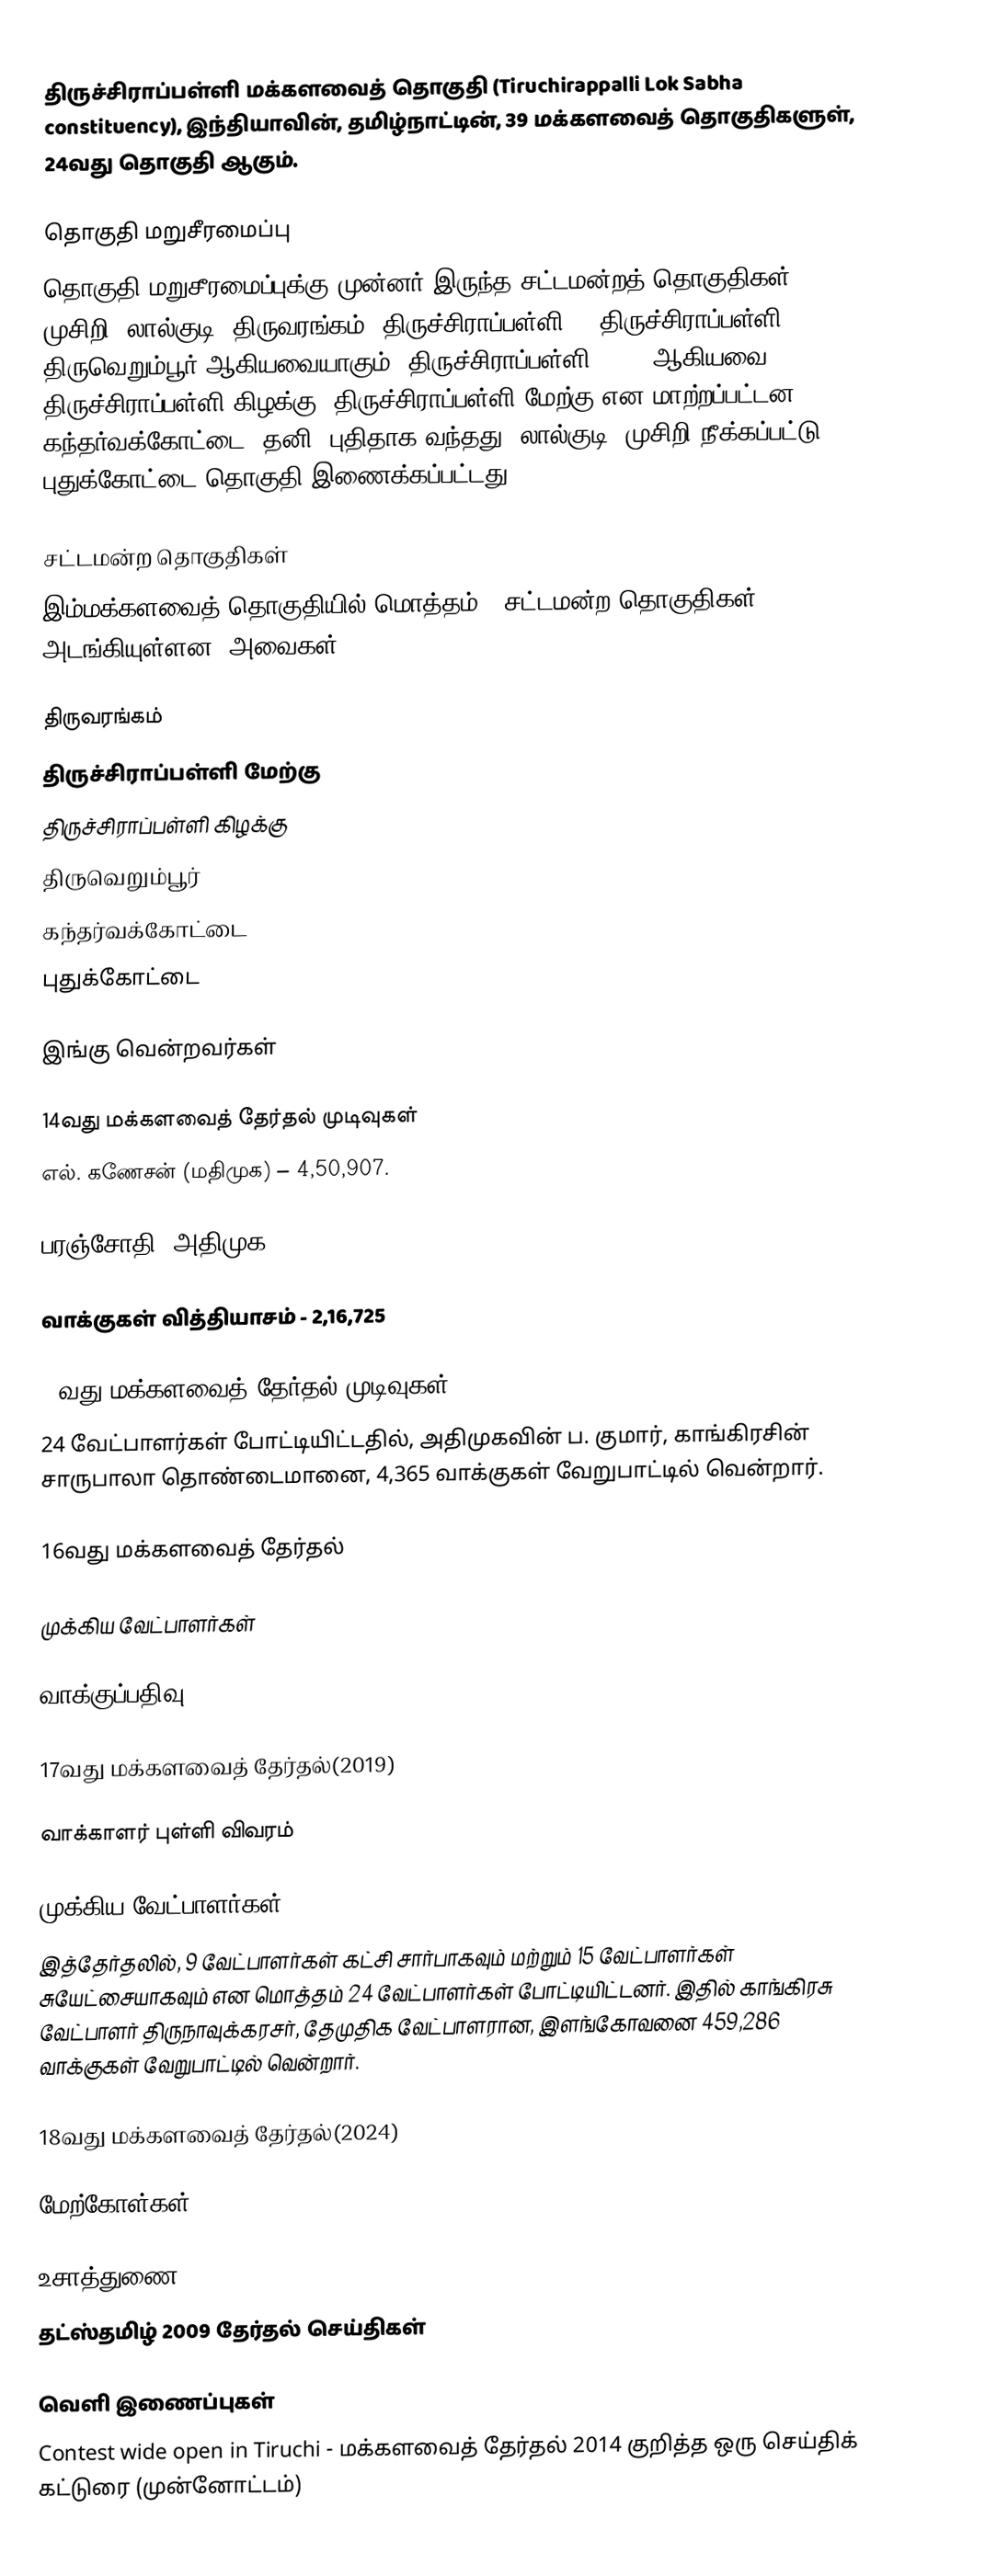
திருச்சிராப்பள்ளி மக்களவைத் தொகுதி (Tiruchirappalli Lok Sabha constituency), இந்தியாவின், தமிழ்நாட்டின், 39 மக்களவைத் தொகுதிகளுள், 24வது தொகுதி ஆகும்.

தொகுதி மறுசீரமைப்பு
தொகுதி மறுசீரமைப்புக்கு முன்னர் இருந்த சட்டமன்றத் தொகுதிகள்: முசிறி, லால்குடி, திருவரங்கம், திருச்சிராப்பள்ளி-I, திருச்சிராப்பள்ளி-II, திருவெறும்பூர் ஆகியவையாகும். திருச்சிராப்பள்ளி I, II ஆகியவை திருச்சிராப்பள்ளி கிழக்கு, திருச்சிராப்பள்ளி மேற்கு என மாற்றப்பட்டன. கந்தர்வக்கோட்டை (தனி) புதிதாக வந்தது. லால்குடி, முசிறி நீக்கப்பட்டு, புதுக்கோட்டை தொகுதி இணைக்கப்பட்டது.

சட்டமன்ற தொகுதிகள்
இம்மக்களவைத் தொகுதியில் மொத்தம் 6 சட்டமன்ற தொகுதிகள் அடங்கியுள்ளன. அவைகள்:

 திருவரங்கம்
 திருச்சிராப்பள்ளி மேற்கு
 திருச்சிராப்பள்ளி கிழக்கு
 திருவெறும்பூர்
 கந்தர்வக்கோட்டை
 புதுக்கோட்டை

இங்கு வென்றவர்கள்

14வது மக்களவைத் தேர்தல் முடிவுகள்
எல். கணேசன் (மதிமுக) – 4,50,907.

பரஞ்சோதி (அதிமுக) – 2,34,182

வாக்குகள் வித்தியாசம் - 2,16,725

15வது மக்களவைத் தேர்தல் முடிவுகள்
24 வேட்பாளர்கள் போட்டியிட்டதில், அதிமுகவின் ப. குமார், காங்கிரசின் சாருபாலா தொண்டைமானை, 4,365 வாக்குகள் வேறுபாட்டில் வென்றார்.

16வது மக்களவைத் தேர்தல்

முக்கிய வேட்பாளர்கள்

வாக்குப்பதிவு

17வது மக்களவைத் தேர்தல்(2019)

வாக்காளர் புள்ளி விவரம்

முக்கிய வேட்பாளர்கள்
இத்தேர்தலில், 9 வேட்பாளர்கள் கட்சி சார்பாகவும் மற்றும் 15 வேட்பாளர்கள் சுயேட்சையாகவும் என மொத்தம் 24 வேட்பாளர்கள் போட்டியிட்டனர். இதில் காங்கிரசு வேட்பாளர் திருநாவுக்கரசர், தேமுதிக வேட்பாளரான, இளங்கோவனை 459,286 வாக்குகள் வேறுபாட்டில் வென்றார்.

18வது மக்களவைத் தேர்தல்(2024)

மேற்கோள்கள்

உசாத்துணை
 தட்ஸ்தமிழ் 2009 தேர்தல் செய்திகள்

வெளி இணைப்புகள்
 Contest wide open in Tiruchi - மக்களவைத் தேர்தல் 2014 குறித்த ஒரு செய்திக் கட்டுரை (முன்னோட்டம்)